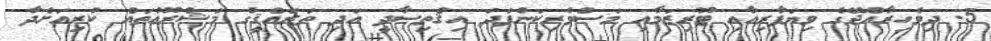
5. ދިވެހިރާއްޖޭގެ ވިޔަފާރިއާއި ޓޫރިޒަމާއި މަސްވެރިކަންފަދަ އިޤްތިޞާދީ އަދި ތަރައްޤީގެ މަޝްރޫޢުތައް ކުރިއަށްދާ